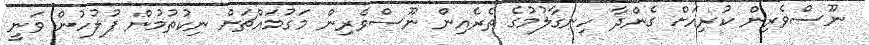
ނޫސްވެރިން ކުރިއަށް ގެންދާ ހިނގާލުމުގެ ތެރެއިން ނޫސްވެރިން މަގުމައްޗަށް ނިކުތުމުން ފުލުހުން ވަނީ